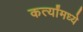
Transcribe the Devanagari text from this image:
कर्त्यांमध्ये